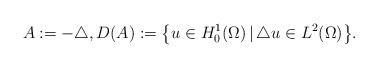
LaTeX: \begin{align*}A := -\triangle, D(A) := \big\{u \in H^{1}_{0}(\Omega) \,|\, \triangle u \in L^{2}(\Omega)\big\}. \end{align*}